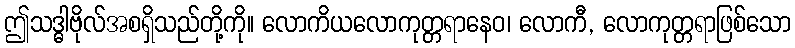
ဤသဒ္ဓါဗိုလ်အစရှိသည်တို့ကို။ လောကိယလောကုတ္တရာနေဝ၊ လောကီ, လောကုတ္တရာဖြစ်သော